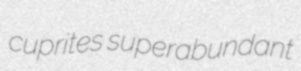
cuprites superabundant